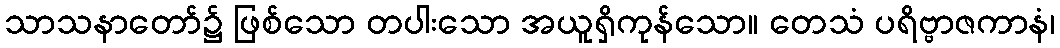
သာသနာတော်၌ ဖြစ်သော တပါးသော အယူရှိကုန်သော။ တေသံ ပရိဗ္ဗာဇကာနံ၊